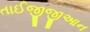
તાઈજીજીઆન